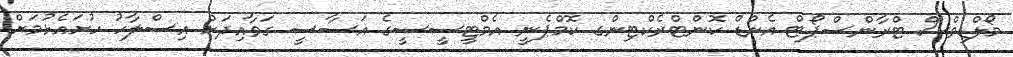
މޯލްޑިވްސް ޓްރާންސްޕޯޓް އެންޑް ކޮންޓްރެކްޓިންގ ކޮމްޕެނީ އެމްޓީސީސީގެ އަސާސީ ގަވާއިދަށް އިސްލާހު ހުށައެޅުމަށް